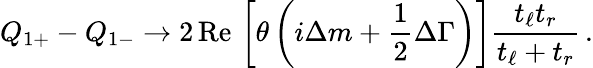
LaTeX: Q_{1+}-Q_{1-}\to 2\, \mathrm{Re}\, \left[\theta\left(i\Delta m+\frac{1}{2}\Delta\Gamma\right)\right]\frac{t_{\ell}t_{r}}{t_{\ell}+t_{r}}\, .